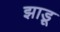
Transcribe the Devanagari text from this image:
झाडू़